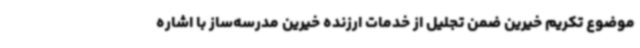
موضوع تکریم خیرین ضمن تجلیل از خدمات ارزنده خیرین مدرسه‌ساز با اشاره